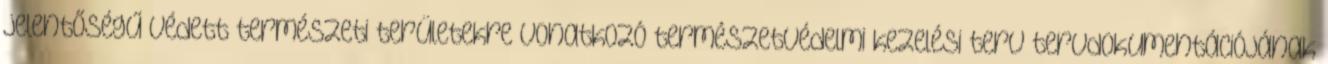
jelentőségű védett természeti területekre vonatkozó természetvédelmi kezelési terv tervdokumentációjának